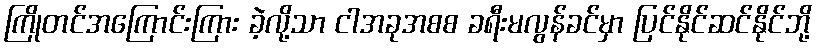
ကြိုတင်အကြောင်းကြား ခဲ့လို့သာ ငါအခုအစစ ခရီးမလွန်ခင်မှာ ပြင်နိုင်ဆင်နိုင်ဘို့